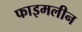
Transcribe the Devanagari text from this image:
फाइमलीन